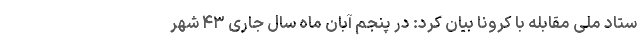
ستاد ملی مقابله با کرونا بیان کرد: در پنجم آبان ماه سال جاری ۴۳ شهر